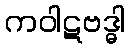
ကဝါဋဗဒ္ဓါ